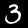
Digit: 3